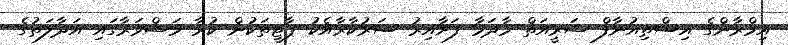
އިމްރާންގެ އިސްތިއުނާފް ޝަރީއަތް މާދަމާ ފަށާއިރު ސަރުކާރާއެކު ޕާޓީތަކުން ކުރާ މަޝްވަރާގައި އަދާލަތުގެ